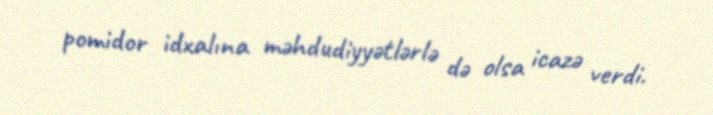
pomidor idxalına məhdudiyyətlərlə də olsa icazə verdi.